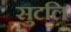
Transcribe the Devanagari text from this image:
सुटलि